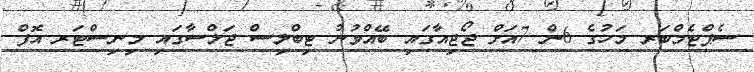
ސެޕްޓެމްބަރ މަހުގެ 6ން 7އަށް ޖޯޖިއާގައި ބޭއްވުނު ޓިބްލިސް ޖަލްސާގައި މިނިސްޓަރ އޮފް